Madras plague regulations and rules for the city of Madras
Disease focus: Plague
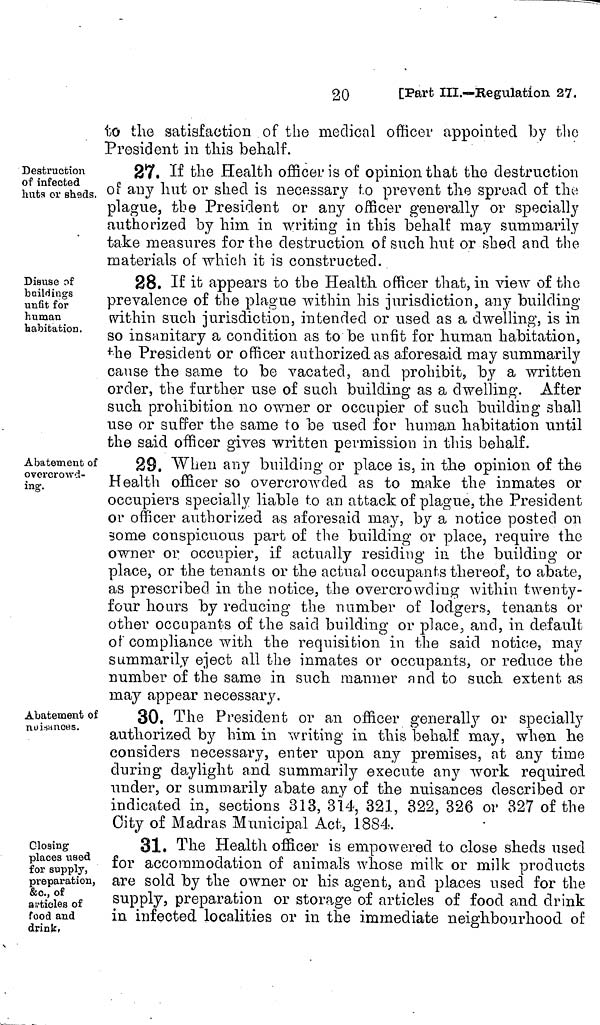
to the satisfaction of the medical officer appointed by the
President in this behalf.
Destruction
of infected
huts or sheds.
27. If the Health officer is of opinion that the destruction
of any hut or shed is necessary t.o prevent the spread of the
plague, the President or any officer generally or specially
authorized by him in writing in this behalf may summarily
take measures for the destruction of such hut or shed and the
materials of which it is constructed.
Disuse of
buildings
unfit for
human
habitation.
28. If it appears to the Health officer that, in view of the
prevalence of the plague within his jurisdiction, any building
within such jurisdiction, intended or used as a dwelling, is in
so insanitary a condition as to be unfit for human habitation,
the President or officer authorized as aforesaid may summarily
cause the same to be vacated, and prohibit, by a written
order, the further use of such building as a dwelling. After
such prohibition no owner or occupier of such building shall
use or suffer the same to be used for human habitation until
the said officer gives written permission in this behalf.
Abatement of
overcrowd-
ing.
29. When any building or place is, in the opinion of the
Health officer so overcrowded as to make the inmates or
occupiers specially liable to an attack of plague, the President
or officer authorized as aforesaid may, by a notice posted on
gome conspicuous part of the building or place, require the
owner or occupier, if actually residing in the building or
place, or the tenants or the actual occupants thereof, to abate,
as prescribed in the notice, the overcrowding within twenty-
four hours by reducing the number of lodgers, tenants or
other occupants of the said building or place, and, in default
of compliance with the requisition in the said notice, may
summarily eject all the inmates or occupants, or reduce the
number of the same in such manner and to such extent as
may appear necessary.
Abatement of
nuisances.
30. The President or an officer generally or specially
authorized by him in writing in this behalf may, when he
considers necessary, enter upon any premises, at any time
during daylight and summarily execute any work required
under, or summarily abate any of the nuisances described or
indicated in, sections 313, 314, 321, 322, 326 or 327 of the
City of Madras Municipal Act, 1884.
Closing
places used
for supply,
preparation,
&c., of
articles of
food and
drink.
31. The Health officer is empowered to close sheds used
for accommodation of animals whose milk or milk products
are sold by the owner or his agent, and places used for the
supply, preparation or storage of articles of food and drink
in infected localities or in the immediate neighbourhood of